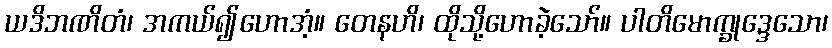
ယဒိဘဏိတံ၊ အကယ်၍ဟောအံ့။ တေနဟိ၊ ထိုသို့ဟောခဲ့သော်။ ပါတိမောက္ခုဒ္ဒေသော၊